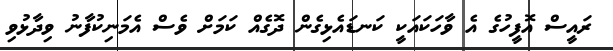
ރައީސް އޮފީހުގެ އެ ވާހަކައަކީ ކަނޑައެޅިގެން ދޮގެއް ކަމަށް ވެސް އެމަނިކުފާނު ވިދާޅުވި